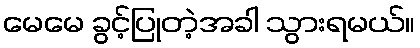
မေမေ ခွင့်ပြုတဲ့အခါ သွားရမယ်။